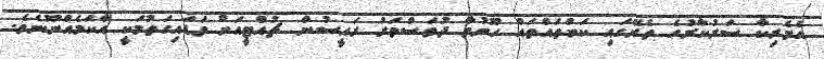
އެމެރިކާ ސަރުކާރުގެ ތެރޭގައި ކަންތައްތައް ހޫނުވާ ދުވަސްވަރު ރައީސުން ޗުއްޓީއަށް ވަޑައިގަތުމަކީ އާކަމެއްނޫނެވެ.